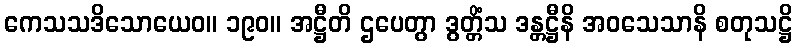
ကေသသဒိသောယေဝ။ ၁၉၀။ အဋ္ဌီတိ ဌပေတွာ ဒွတ္တိံသ ဒန္တဋ္ဌီနိ အဝသေသာနိ စတုသဋ္ဌိ